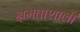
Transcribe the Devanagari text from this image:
क्षमताशाली